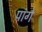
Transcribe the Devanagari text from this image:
पांगे